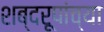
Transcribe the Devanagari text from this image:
शब्दरूपांच्या